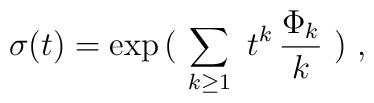
\sigma (t) = \exp\, (\ \sum_{k\geq 1} \ t^k\, {\Phi_k \over k}\ ) \ ,